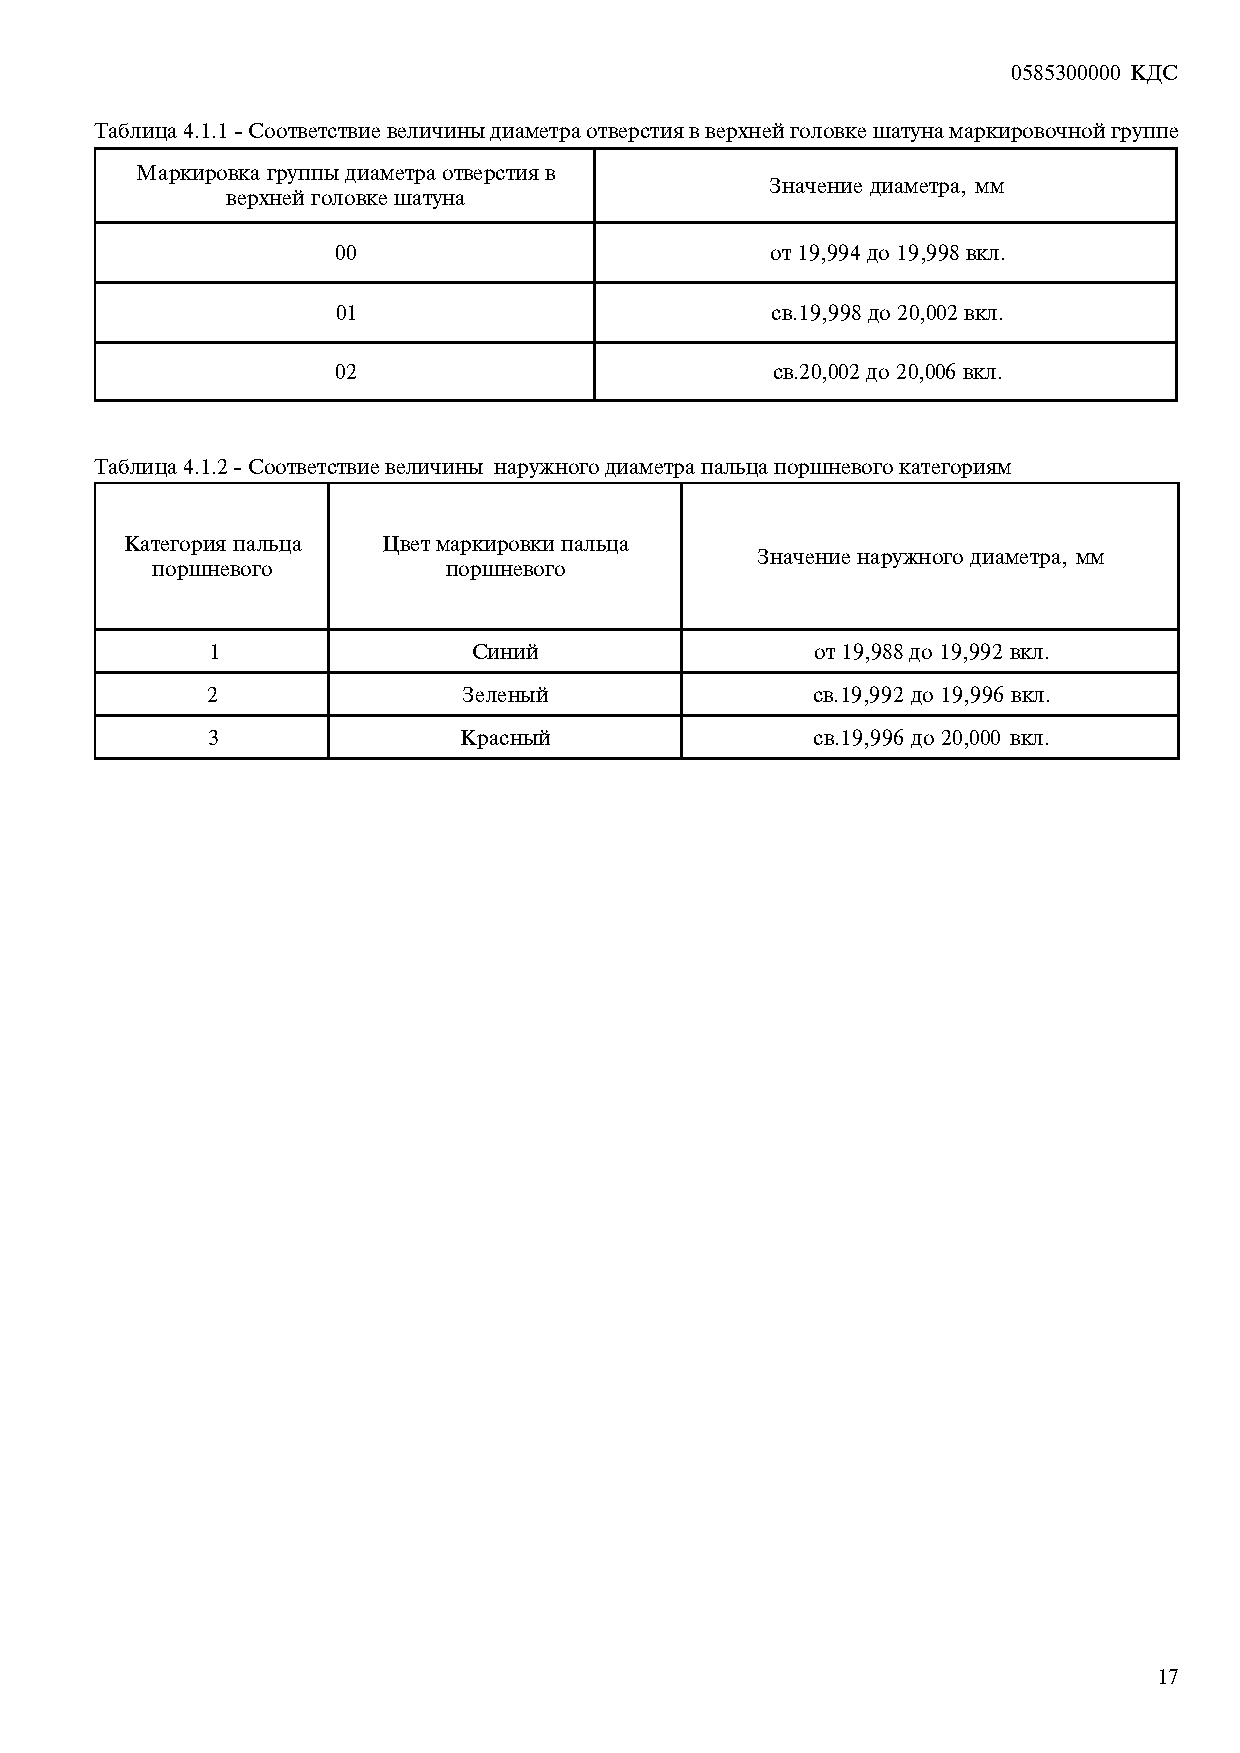
0585300000 ÊÄÑ
 Òàáëèöà 4.1.1 - Ñîîòâåòñòâèå âåëè÷èíû äèàìåòðà îòâåðñòèÿ â âåðõíåé ãîëîâêå øàòóíà ìàðêèðîâî÷íîé ãðóïïå
 Ìàðêèðîâêà ãðóïïû äèàìåòðà îòâåðñòèÿ â
 Çíà÷åíèå äèàìåòðà, ìì
 âåðõíåé ãîëîâêå øàòóíà
 00                           îò 19,994 äî 19,998 âêë.
 01                           ñâ. 19,998 äî 20,002 âêë.
 02                           ñâ. 20,002 äî 20,006 âêë.
 Òàáëèöà 4.1.2 - Ñîîòâåòñòâèå âåëè÷èíû íàðóæíîãî äèàìåòðà ïàëüöà ïîðøíåâîãî êàòåãîðèÿì
 Kàòåãîðèÿ ïàëüöà Öâåò ìàðêèðîâêè ïàëüöà
 Çíà÷åíèå íàðóæíîãî äèàìåòðà, ìì
 ïîðøíåâîãî         ïîðøíåâîãî
 1                Ñèíèé                  îò 19,988 äî 19,992 âêë.
 2                Çåëåíûé                ñâ. 19,992 äî 19,996 âêë.
 3               Kðàñíûé                 ñâ. 19,996 äî 20,000 âêë.
 17